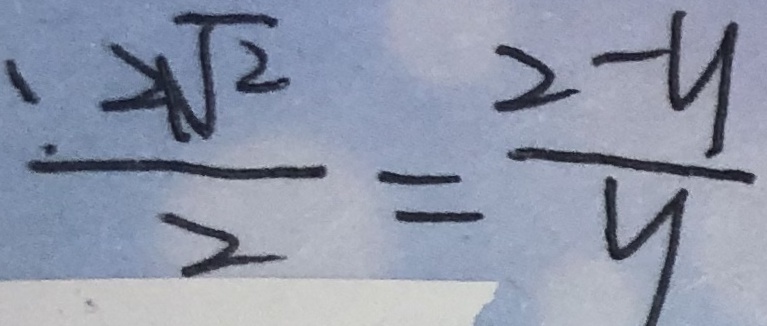
\frac { . 2 \sqrt { 2 } } { 2 } = \frac { 2 - y } { y }